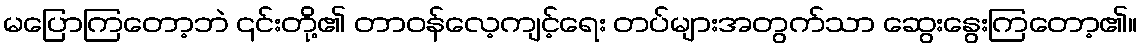
မပြောကြတော့ဘဲ ၎င်းတို့၏ တာဝန်လေ့ကျင့်ရေး တပ်များအတွက်သာ ဆွေးနွေးကြတော့၏။